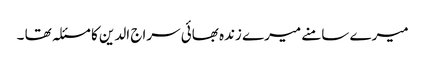
میرے سامنے میرے زندہ بھائی سراج الدین کا مسئلہ تھا ۔